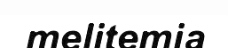
melitemia